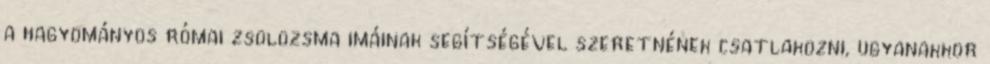
a hagyományos római zsolozsma imáinak segítségével szeretnének csatlakozni, ugyanakkor